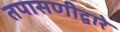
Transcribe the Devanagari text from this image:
तपासणीद्वारे